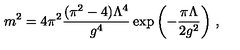
{ m ^ { 2 } = { 4 \pi ^ { 2 } } \frac { ( \pi ^ { 2 } - 4 ) \Lambda ^ { 4 } } { g ^ { 4 } } \exp \left( - \frac { \pi \Lambda } { 2 g ^ { 2 } } \right) } \ ,